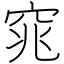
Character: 窕